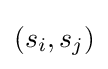
(s_{i},s_{j})